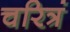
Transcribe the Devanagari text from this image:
चरित्रं